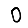
Digit: 0